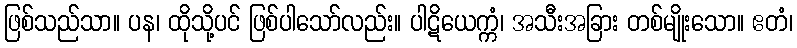
ဖြစ်သည်သာ။ ပန၊ ထိုသို့ပင် ဖြစ်ပါသော်လည်း။ ပါဋိယေက္ကံ၊ အသီးအခြား တစ်မျိုးသော။ ဧတံ၊